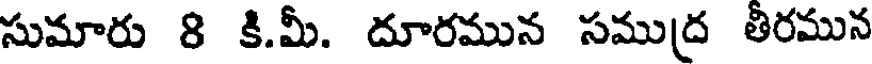
సుమారు 8 కి.మీ. దూరమున సముద్ర తీరమున